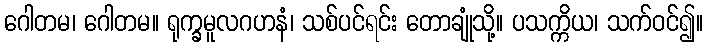
ဂေါတမ၊ ဂေါတမ။ ရုက္ခမူလဂဟနံ၊ သစ်ပင်ရင်း တောချုံသို့။ ပသက္ကိယ၊ သက်ဝင်၍။